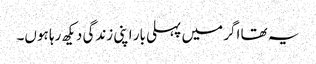
یہ تھا اگر میں پہلی بار اپنی زندگی دیکھ رہا ہوں۔